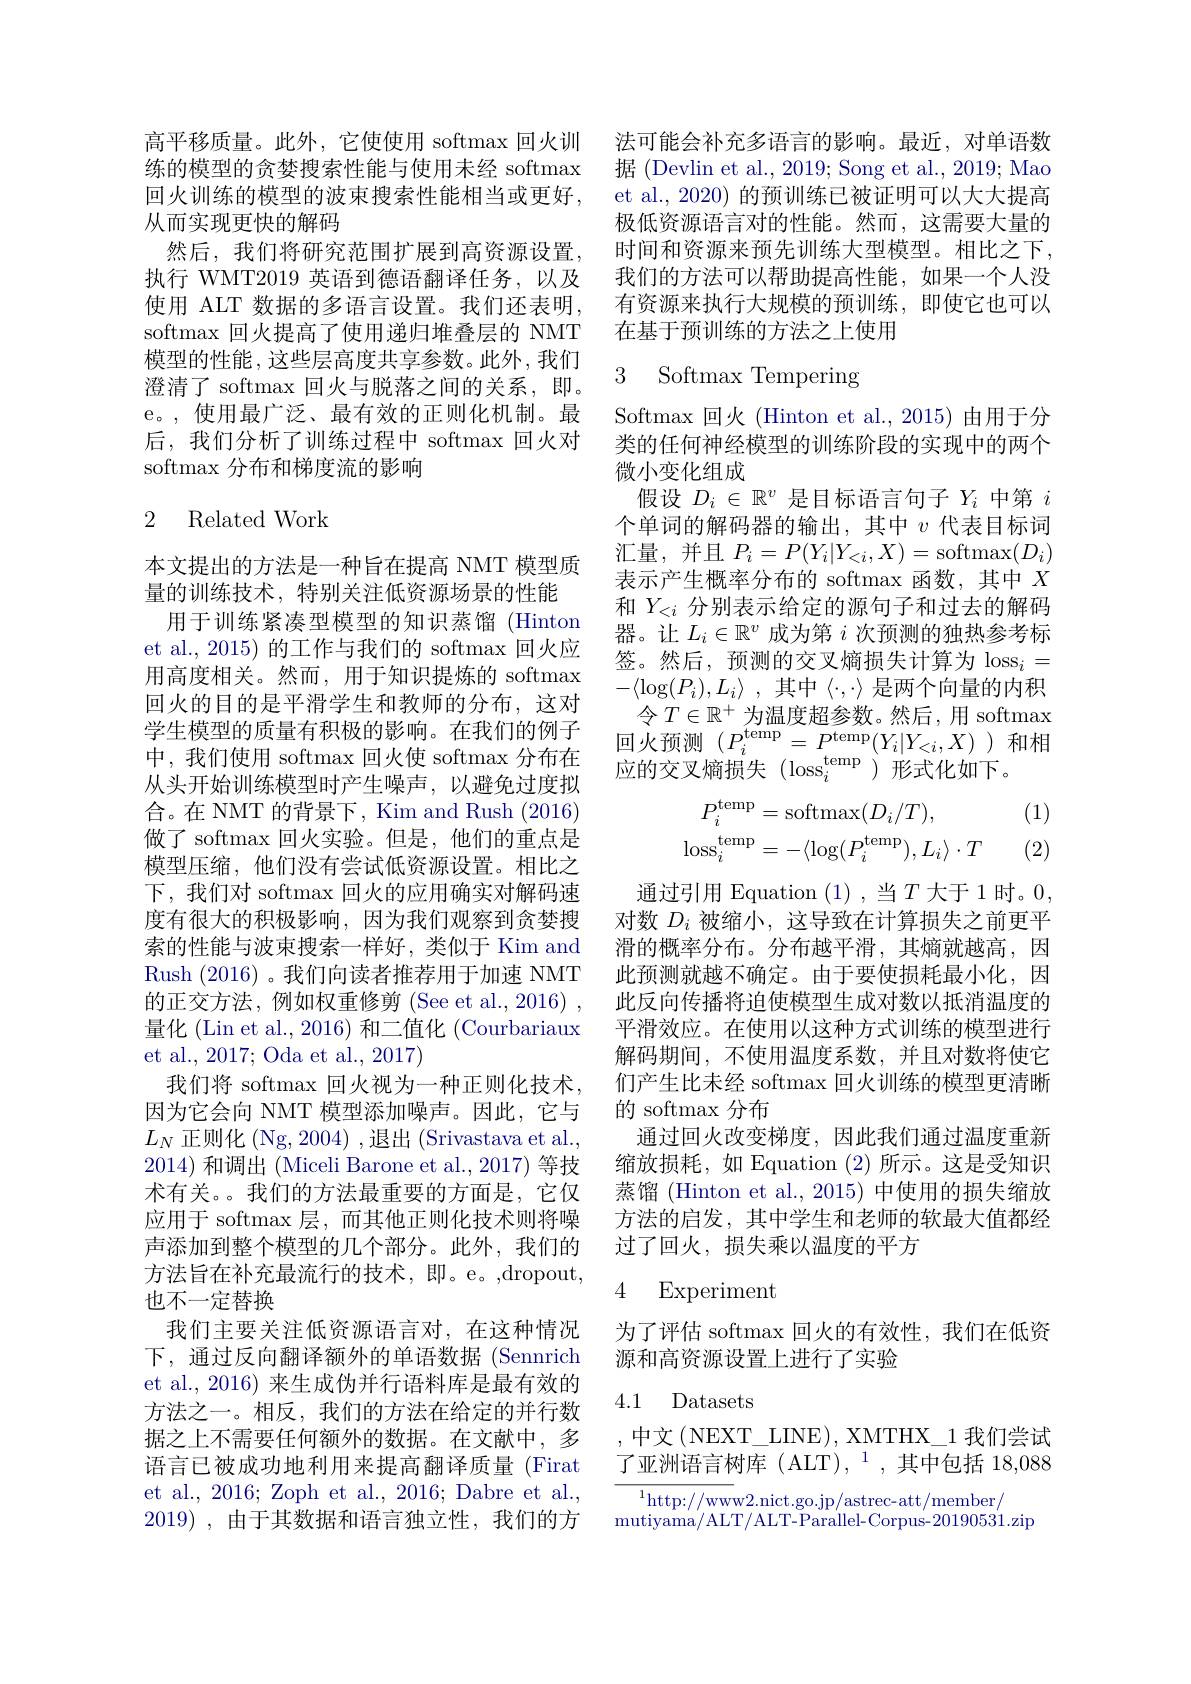
高平移质量。此外，它使使用 softmax 回火训练的模型的贪婪搜索性能与使用未经 softmax 回火训练的模型的波束搜索性能相当或更好， 从而实现更快的解码
然后，我们将研究范围扩展到高资源设置， 执行 WMT2019 英语到德语翻译任务，以及使用 ALT 数据的多语言设置。我们还表明， softmax 回火提高了使用递归堆叠层的 NMT 模型的性能，这些层高度共享参数。此外，我们澄清了 softmax 回火与脱落之间的关系，即。e。,使用最广泛、最有效的正则化机制。最后，我们分析了训练过程中 softmax 回火对softmax 分布和梯度流的影响

### 2 Related Work

本文提出的方法是一种旨在提高 NMT 模型质量的训练技术，特别关注低资源场景的性能
用于训练紧凑型模型的知识蒸馏 (Hinton et al., 2015) 的工作与我们的 softmax 回火应用高度相关。然而，用于知识提炼的 softmax 回火的目的是平滑学生和教师的分布，这对学生模型的质量有积极的影响。在我们的例子中，我们使用 softmax 回火使 softmax 分布在从头开始训练模型时产生噪声，以避免过度拟合。在 NMT 的背景下，Kim and Rush (2016) 做了 softmax 回火实验。但是，他们的重点是模型压缩，他们没有尝试低资源设置。相比之下，我们对 softmax 回火的应用确实对解码速度有很大的积极影响，因为我们观察到贪婪搜索的性能与波束搜索一样好，类似于 Kim and Rush (2016) 。我们向读者推荐用于加速 NMT 的正交方法，例如权重修剪(See et al., 2016) , 量化 (Lin et al., 2016) 和二值化 (Courbariaux et al., 2017; Oda et al., 2017)
我们将 softmax 回火视为一种正则化技术， 因为它会向 NMT 模型添加噪声。因此，它与$L_N$正则化 (Ng, 2004) , 退出 (Srivastava et al., 2014)和调出 (Miceli Barone et al., 2017) 等技术有关。。我们的方法最重要的方面是，它仅应用于 softmax 层，而其他正则化技术则将噪声添加到整个模型的几个部分。此外，我们的方法旨在补充最流行的技术，即。e。,dropout, 也不一定替换
我们主要关注低资源语言对，在这种情况下，通过反向翻译额外的单语数据(Sennrich et al., 2016) 来生成伪并行语料库是最有效的方法之一。相反，我们的方法在给定的并行数据之上不需要任何额外的数据。在文献中，多语言已被成功地利用来提高翻译质量 (Firat et al., 2016; Zoph et al., 2016; Dabre et al., 2019) , 由于其数据和语言独立性，我们的方

法可能会补充多语言的影响。最近，对单语数据 (Devlin et al., 2019; Song et al., 2019; Mao et al., 2020) 的预训练已被证明可以大大提高极低资源语言对的性能。然而，这需要大量的时间和资源来预先训练大型模型。相比之下， 我们的方法可以帮助提高性能，如果一个人没有资源来执行大规模的预训练，即使它也可以在基于预训练的方法之上使用

## 3 Softmax Tempering

Softmax 回火 (Hinton et al.,2015) 由用于分类的任何神经模型的训练阶段的实现中的两个微小变化组成
假设$D_i\in\mathbb{R}^v$是目标语言句子$Y_i$中第$i$ 个单词的解码器的输出，其中$v$代表目标词汇量，并且$P_i=P(Y_i|Y_{<i},X)=$softmax$(D_i)$ 表示产生概率分布的 softmax 函数，其中$X$ 和$Y_{<i}$分别表示给定的源句子和过去的解码器。让$L_i\in\mathbb{R}^v$成为第$i$次预测的独热参考标签。然后，预测的交叉熵损失计算为 loss$_i=$ $- \langle \log ( P_{i}) , L_{i}\rangle$ ,其中$\langle\cdot,\cdot\rangle$是两个向量的内积
令$T\in\mathbb{R}^+$为温度超参数。然后，用 softmax 回火预测($P_i^\mathrm{temp}=P^\mathrm{temp}(Y_i|Y_{<i},X)$)和相应的交叉熵损失(loss$_i^\mathrm{temp}$)形式化如下。

(1)
$$\begin{aligned}P_{i}^{\mathrm{temp}}&=\mathrm{softmax}(D_{i}/T),\\\mathrm{loss}_{i}^{\mathrm{temp}}&=-\langle\log(P_{i}^{\mathrm{temp}}),L_{i}\rangle\cdot T\end{aligned}$$
(2)

通过引用 Equation (1), 当$T$ 大于1 时。0, 对数$D_i$被缩小，这导致在计算损失之前更平滑的概率分布。分布越平滑，其熵就越高，因此预测就越不确定。由于要使损耗最小化，因此反向传播将迫使模型生成对数以抵消温度的平滑效应。在使用以这种方式训练的模型进行解码期间，不使用温度系数，并且对数将使它们产生比未经 softmax 回火训练的模型更清晰的 softmax 分布
通过回火改变梯度，因此我们通过温度重新缩放损耗，如 Equation (2) 所示。这是受知识蒸馏 (Hinton et al., 2015) 中使用的损失缩放方法的启发，其中学生和老师的软最大值都经过了回火，损失乘以温度的平方

## 4 Experiment

为了评估 softmax 回火的有效性，我们在低资
源和高资源设置上进行了实验

# 4.1 Datasets

,中文(NEXT\_LINE),XMTHX\_1 我们尝试了亚洲语言树库(ALT),$^1$,其中包括 18,088

${\overline{{^{1}\mathrm{http://www}}}2.\mathrm{nict.go.jp/astrec-att/member/}}$
mutiyama/ ALT/ ALT- Parallel- Corpus- 20190531. zip